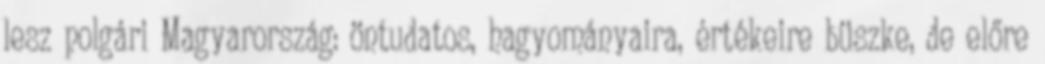
lesz polgári Magyarország: öntudatos, hagyományaira, értékeire büszke, de előre